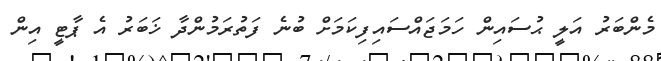
މެންބަރު އަލީ ޙުސައިން ހަމަޖައްސައިފިކަމަށް ބުނެ ފަތުރަމުންދާ ޚަބަރު އެ ޕާޓީ އިން